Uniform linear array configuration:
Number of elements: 48
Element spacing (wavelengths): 0.5
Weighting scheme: cosine
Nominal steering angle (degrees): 15
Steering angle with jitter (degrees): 16.71
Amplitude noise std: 0.05
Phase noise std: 0.05

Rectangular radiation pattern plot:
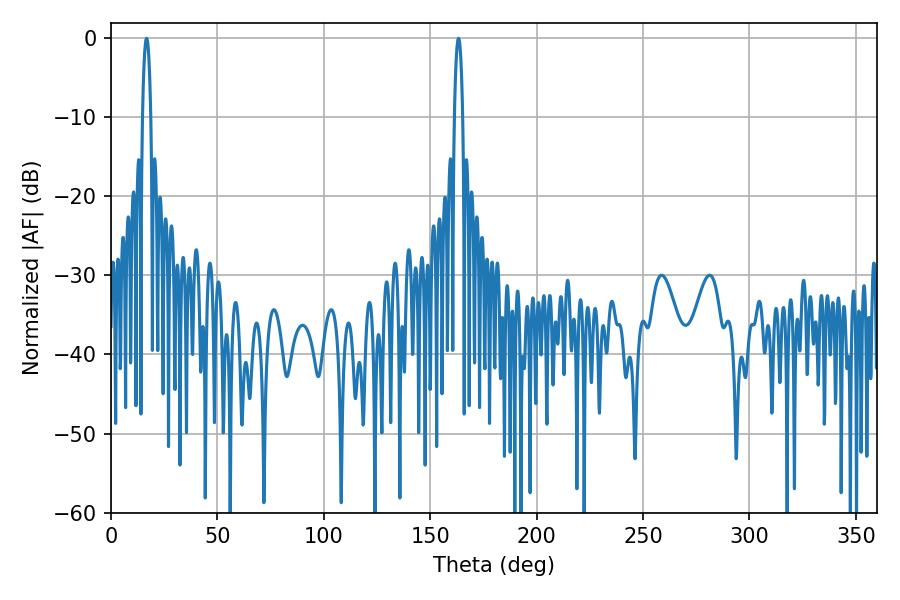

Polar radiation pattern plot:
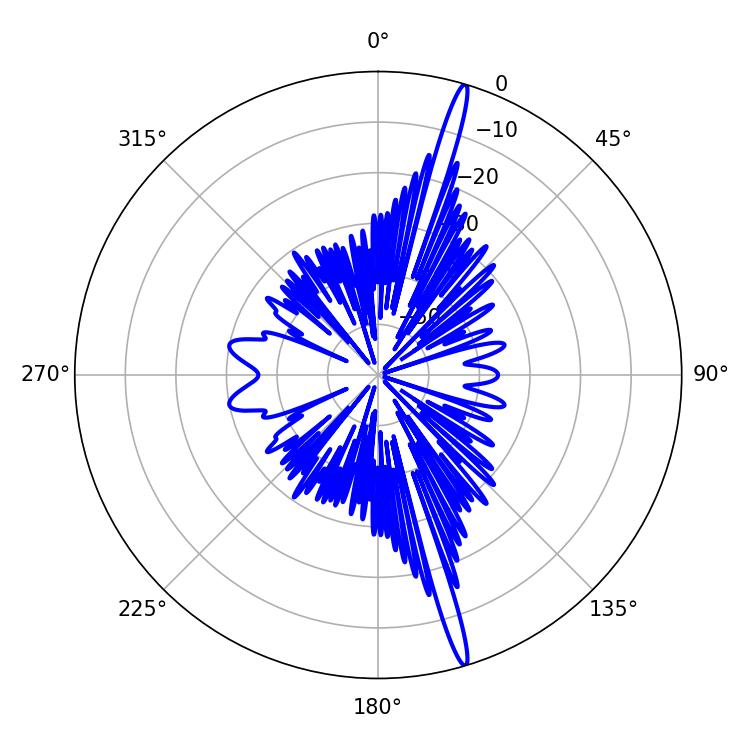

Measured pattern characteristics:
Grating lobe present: FALSE
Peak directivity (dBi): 19.04
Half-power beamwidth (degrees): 2.16
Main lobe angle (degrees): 16.74